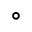
^ \circ